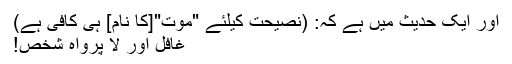
اور ایک حدیث میں ہے کہ: (نصیحت کیلئے "موت"[کا نام] ہی کافی ہے)
غافل اور لا پرواہ شخص!